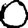
Digit: 0